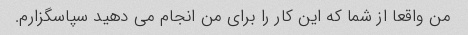
من واقعا از شما که این کار را برای من انجام می دهید سپاسگزارم.